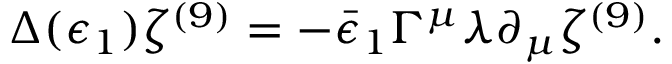
\Delta ( \epsilon _ { 1 } ) \zeta ^ { ( 9 ) } = - \bar { \epsilon } _ { 1 } \Gamma ^ { \mu } \lambda \partial _ { \mu } \zeta ^ { ( 9 ) } .